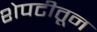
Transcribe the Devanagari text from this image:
शेपटीतून